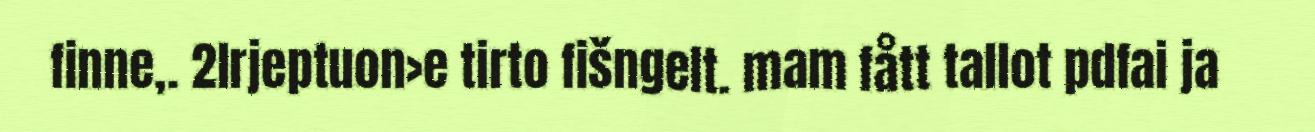
finne,. 2lrjeptuon>e tirto fišngelt. mam fått tallot pdfai ja